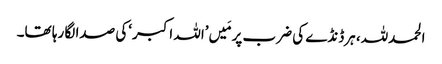
الحمدللہ، ہرڈنڈے کی ضرب پر مَیں’اللہ اکبر‘کی صدا لگا رہا تھا۔